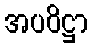
အပဝိဋ္ဌာ